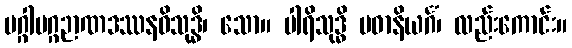
မဂ္ဂါမဂ္ဂဉာဏဒဿနဝိသုဒ္ဓိ၊ သော။ ပါရိသုဒ္ဓိ ပဓာနိယင်္ဂံ၊ လည်းကောင်း။